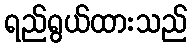
ရည်ရွယ်ထားသည်